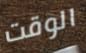
الوقت